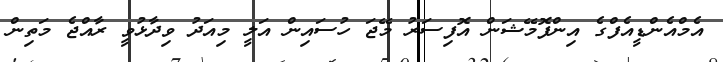
އެމްއެންޑީއެފްގެ އިންފޮމޭޝަން އޮފިސަރު މޭޖަ ހުސައިން އަލީ މިއަދު ވިދާޅުވީ ރާއްޖެ މަތިން